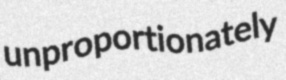
unproportionately